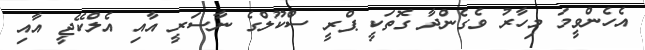
އެހެންވީމަ މިހާރު ވެގެންދާ ގޮތަކީ ޕްރީ ސްކޫލްގެ ނާސަރީ އާއި އެލްކޭޖީ އާއި